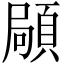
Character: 𩓛